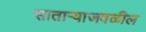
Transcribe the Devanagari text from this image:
सातार्‍याजवळील